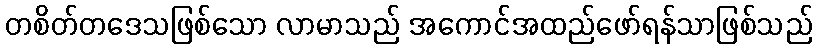
တစိတ်တဒေသဖြစ်သော လာမာသည် အကောင်အထည်ဖော်ရန်သာဖြစ်သည်